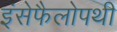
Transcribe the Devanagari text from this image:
इंसेफैलोपथी